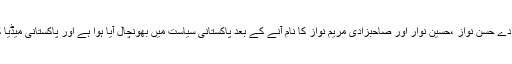
پانامہ لیکس میں وزیرآعظم کی صاحبزادے حسن نواز ،حسین نوار اور صاحبزادی مریم نواز کا نام آنے کے بعد پاکستانی سیاست میں بھونچال آیا ہوا ہے اور پاکستانی میڈیا کی نظر شریف خاندان پر ٹکی ہوئی ہیں۔